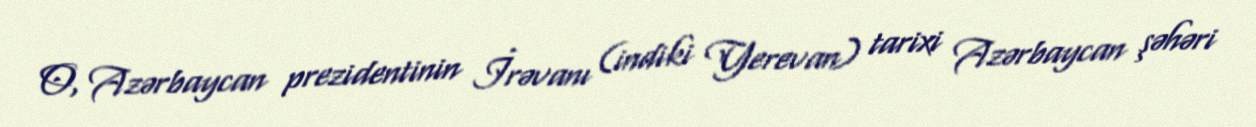
O, Azərbaycan prezidentinin İrəvanı (indiki Yerevan) tarixi Azərbaycan şəhəri